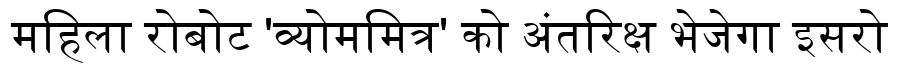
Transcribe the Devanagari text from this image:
महिला रोबोट 'व्योममित्र' को अंतरिक्ष भेजेगा इसरो